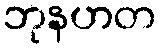
ဘုနဟတ